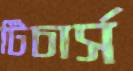
টিচার্স